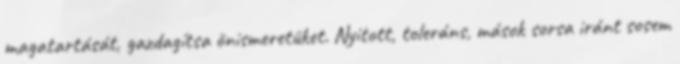
magatartását, gazdagítsa önismeretüket. Nyitott, toleráns, mások sorsa iránt sosem